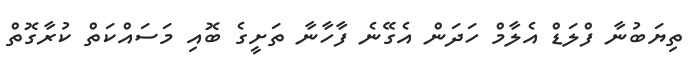
ތިޔަބުނާ ފްލަޑް އެލާމް ހަދަން އެގޭނެ ފާހާނާ ތަށީގެ ބޮއި މަސައްކަތް ކުރާގޮތް